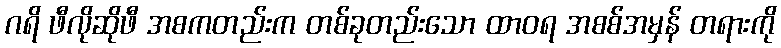
ဂရိ ဖီလိုဆိုဖီ အစကတည်းက တစ်ခုတည်းသော ထာဝရ အစစ်အမှန် တရားကို